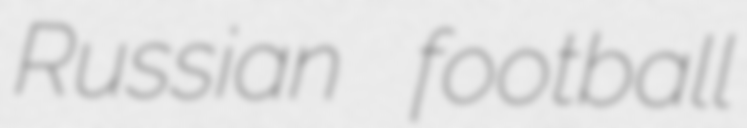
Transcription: Russian football